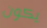
يكون